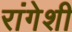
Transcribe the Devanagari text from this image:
रांगेशी